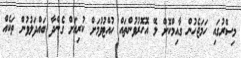
މިސްރުގައި ހަމަޖެހުން ގާއިމްކޮށް ލޭ އޮހޮރުވުންތައް ހުއްޓުވުމަށް ކުރިއަށް ގެންދާ ބައްދަލުވުން ތަކެއް